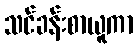
သင်ခန်းစာယူကာ